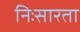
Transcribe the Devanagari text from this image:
निःसारता